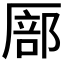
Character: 𫨚